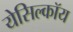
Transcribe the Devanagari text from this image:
येसिल्कॉय